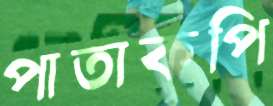
পাতাকপি